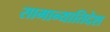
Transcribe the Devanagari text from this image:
सामान्यातिदेश